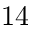
1 4